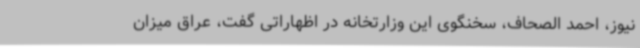
نیوز، احمد الصحاف، سخنگوی این وزارتخانه در اظهاراتی گفت، عراق میزان